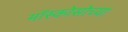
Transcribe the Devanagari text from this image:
मॉस्कोसोच्या